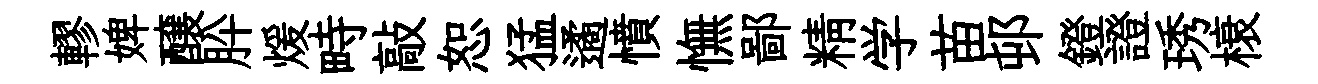
轇婢醸肸煖畤敲恕猛遹憤憮鄙精学苗邨鐙證琇榱